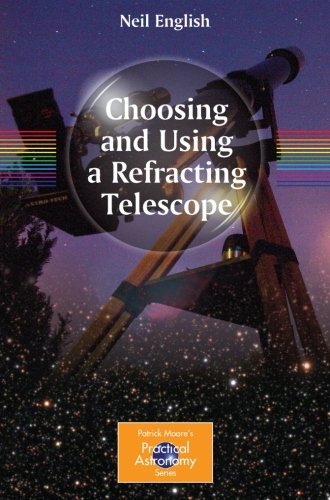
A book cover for Choosing and Using a Refracting Telescope (The Patrick Moore Practical Astronomy Series); Neil English; Science & Math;